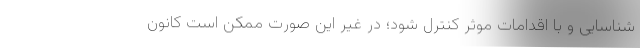
شناسایی و با اقدامات موثر کنترل شود؛ در غیر این صورت ممکن است کانون